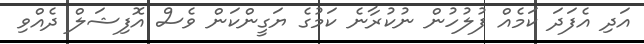
އަދި އެފަދަ ކަމެއް ފުލުހުން ނުކުރާނެ ކަމުގެ ޔަގީންކަން ވެސް އޮފިޝަލް ދެއްވި